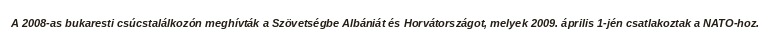
A 2008-as bukaresti csúcstalálkozón meghívták a Szövetségbe Albániát és Horvátországot, melyek 2009. április 1-jén csatlakoztak a NATO-hoz.